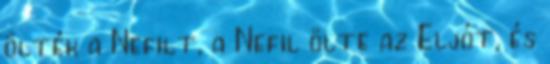
ölték a Nefilt, a Nefil ölte az Eljót, és